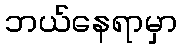
ဘယ်နေရာမှာ